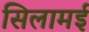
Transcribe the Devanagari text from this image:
सिलामई